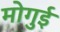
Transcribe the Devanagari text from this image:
मोगुई